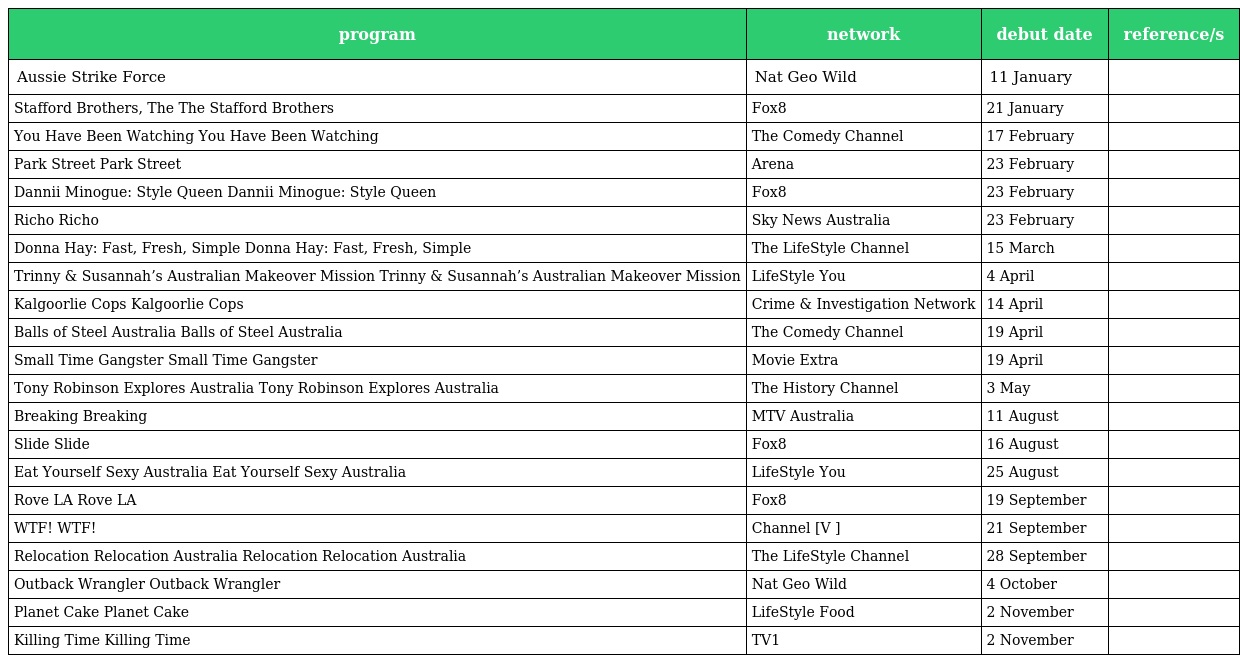
| program | network | debut date | reference/s |
 | --- | --- | --- | --- |
 | Aussie Strike Force | Nat Geo Wild | 11 January |  |
 | Stafford Brothers, The The Stafford Brothers | Fox8 | 21 January |  |
 | You Have Been Watching You Have Been Watching | The Comedy Channel | 17 February |  |
 | Park Street Park Street | Arena | 23 February |  |
 | Dannii Minogue: Style Queen Dannii Minogue: Style Queen | Fox8 | 23 February |  |
 | Richo Richo | Sky News Australia | 23 February |  |
 | Donna Hay: Fast, Fresh, Simple Donna Hay: Fast, Fresh, Simple | The LifeStyle Channel | 15 March |  |
 | Trinny & Susannah’s Australian Makeover Mission Trinny & Susannah’s Australian Makeover Mission | LifeStyle You | 4 April |  |
 | Kalgoorlie Cops Kalgoorlie Cops | Crime & Investigation Network | 14 April |  |
 | Balls of Steel Australia Balls of Steel Australia | The Comedy Channel | 19 April |  |
 | Small Time Gangster Small Time Gangster | Movie Extra | 19 April |  |
 | Tony Robinson Explores Australia Tony Robinson Explores Australia | The History Channel | 3 May |  |
 | Breaking Breaking | MTV Australia | 11 August |  |
 | Slide Slide | Fox8 | 16 August |  |
 | Eat Yourself Sexy Australia Eat Yourself Sexy Australia | LifeStyle You | 25 August |  |
 | Rove LA Rove LA | Fox8 | 19 September |  |
 | WTF! WTF! | Channel [V ] | 21 September |  |
 | Relocation Relocation Australia Relocation Relocation Australia | The LifeStyle Channel | 28 September |  |
 | Outback Wrangler Outback Wrangler | Nat Geo Wild | 4 October |  |
 | Planet Cake Planet Cake | LifeStyle Food | 2 November |  |
 | Killing Time Killing Time | TV1 | 2 November |  |